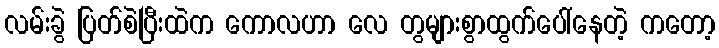
လမ်းခွဲ ပြတ်စဲပြီးထဲက ကောလဟာ လေ တွများစွာထွက်ပေါ်နေတဲ့ ကတော့